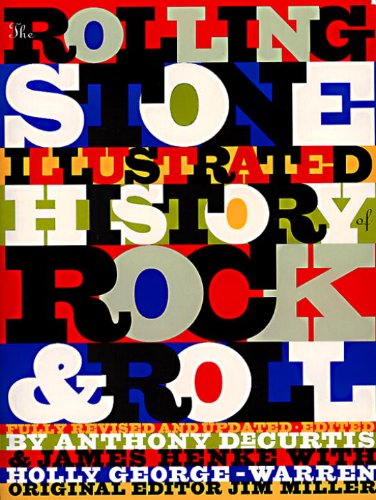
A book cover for The Rolling Stone Illustrated History of Rock and Roll: The Definitive History of the Most Important Artists and Their Music; Rolling Stone Magazine; Arts & Photography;